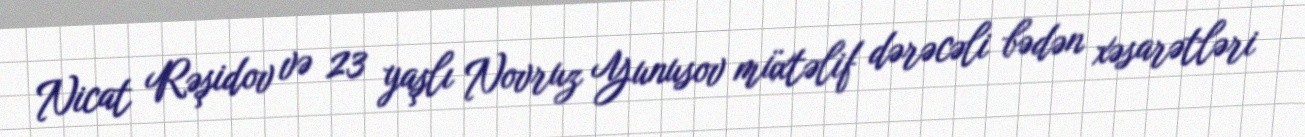
Nicat Rəşidov və 23 yaşlı Novruz Yunusov müxtəlif dərəcəli bədən xəsarətləri